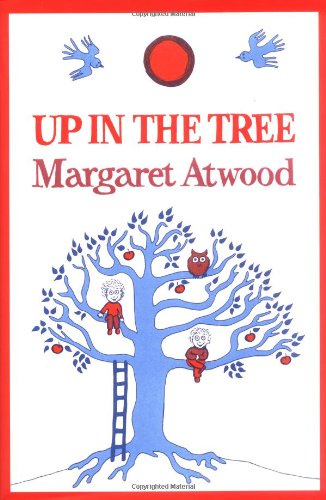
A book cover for Up in the Tree; Margaret Atwood; Literature & Fiction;